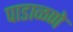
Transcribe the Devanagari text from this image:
पाडाळणे